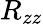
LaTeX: R_{zz}